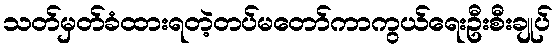
သတ်မှတ်ခံထားရတဲ့တပ်မတော်ကာကွယ်ရေးဦးစီးချုပ်